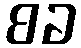
စခ